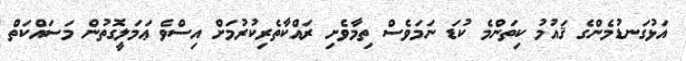
އަޅުގަނޑުމެންގެ ޤައުމު ކިތަންމެ ކުޑަ ނަމަވެސް ތިމާވެށި ރައްކާތެރިކުރުމަށް އިސްވެ ޢަމަލީގޮތުން މަސައްކަތް